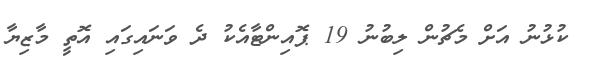
ކުޅުނު އަށް މެޗުން ލިބުނު 19 ޕޮއިންޓާއެކު ދެ ވަނައިގައި އޮތީ މާޒިޔާ